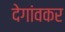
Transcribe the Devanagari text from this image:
देगांवकर